Scottish Leaving Certificate Examination, 1958
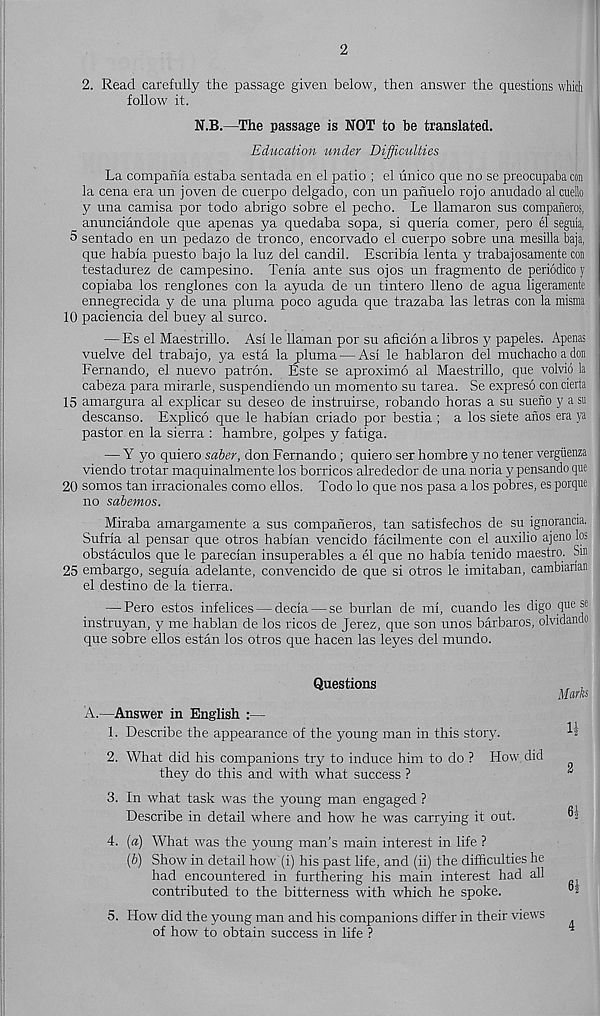
2
2. Read carefully the passage given below, then answer the questions which
follow it.
N.B.—The passage is NOT to be translated.
Education under Difficulties
La compafila estaba sentada en el patio ; el unico que no se preocupaba con
la cena era un joven de cuerpo delgado, con un panuelo rojo anudado al cuello
y una camisa por todo abrigo sobre el pecho. Le llamaron sus companeros,
_ anunciandole que apenas ya quedaba sopa, si queria comer, pero el seguia,
5 sentado en un pedazo de tronco, encorvado el cuerpo sobre una mesilla baja,
que habia puesto bajo la luz del candil. Escribia lenta y trabajosamente con
testadurez de campesino. Tenia ante sus ojos un fragmento de periodico y
copiaba los renglones con la ayuda de un tintero lleno de agua ligeramente
ennegrecida y de una pluma poco aguda que trazaba las letras con la misma
10 paciencia del buey al surco.
— Es el Maestrillo. As! le llaman por su aficion a libros y papeles. Apenas
vuelve del trabajo, ya esta la pluma — Asi le hablaron del muchacho a don
Fernando, el nuevo patron. Este se aproximo al Maestrillo, que volvio la
cabeza para mirarle, suspendiendo un momento su tarea. Se expreso con cierta
15 amargura al explicar su deseo de instruirse, robando horas a su sueno y asu
descanso. Explico que le habian criado por bestia; a los siete anos era ya
pastor en la sierra : hambre, golpes y fatiga.
— Y yo quiero saber, don Fernando; quiero ser hombre y no tener vergiienza
viendo trotar maquinalmente los borricos alrededor de una noria y pensando que
20 somos tan irracionales como ellos. Todo lo que nos pasa a los pobres, es porque
no sabemos.
Miraba amargamente a sus companeros, tan satisfechos de su ignorancia.
Sufrla al pensar que otros habian vencido facilmente con el auxilio ajeno los
obstaculos que le pareclan insuperables a el que no habia tenido maestro. Sin
25 embargo, seguia adelante, convencido de que si otros le imitaban, cambiadan
el destino de la tierra.
— Pero estos infelices — decia — se burlan de mi, cuando les digo que se
instruyan, y me habian de los ricos de Jerez, que son unos barbaros, olvidando
que sobre ellos estan los otros que hacen las leyes del mundo.
Questions
A.—Answer in English :—
1. Describe the appearance of the young man in this story.
2. What did his companions try to induce him to do ? How did
they do this and with what success ?
Marks
U
2
3. In what task was the young man engaged ?
Describe in detail where and how he was carrying it out.
4. (a) What was the young man’s main interest in life ?
(&) Show in detail how (i) his past life, and (ii) the difficulties he
had encountered in furthering his main interest had all
contributed to the bitterness with which he spoke.
5. How did the young man and his companions differ in their views
of how to obtain success in life ?